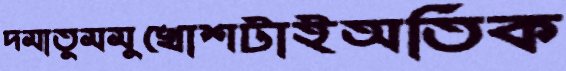
দমাতুমমুখোশটাইঅতিক